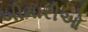
બીમારીઓ